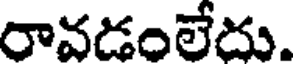
రావడంలేదు.